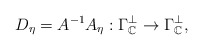
\begin{align*} D_{\eta}=A^{-1}A_{\eta}:\Gamma_{\mathbb{C}}^\perp\rightarrow\Gamma_{\mathbb{C}}^\perp,\end{align*}